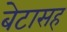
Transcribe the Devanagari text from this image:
बेटासह